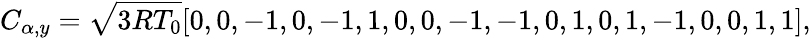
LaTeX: C_{\alpha,y}=\sqrt{3RT_{0}}[0,0,-1,0,-1,1,0,0,-1,-1,0,1,0,1,-1,0,0,1,1],